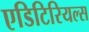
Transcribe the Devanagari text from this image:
एडिटिरियल्स